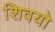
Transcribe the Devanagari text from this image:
शिवयो